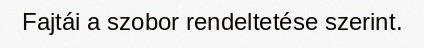
Fajtái a szobor rendeltetése szerint.